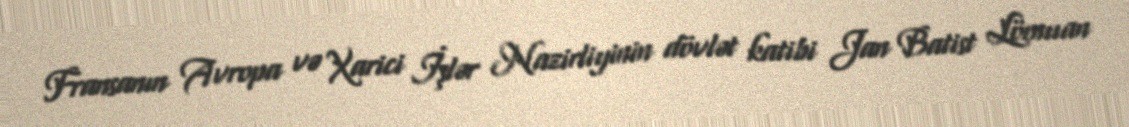
Fransanın Avropa və Xarici İşlər Nazirliyinin dövlət katibi Jan Batist Lömuan